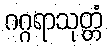
ဂဂ္ဂရာသုတ္တံ